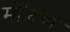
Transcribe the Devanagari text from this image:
मोदिया